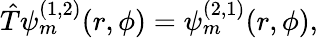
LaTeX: \hat{T}\psi_{m}^{(1,2)}(r,\phi)=\psi_{m}^{(2,1)}(r,\phi),